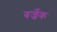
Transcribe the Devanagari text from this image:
बर्ज्रेक